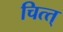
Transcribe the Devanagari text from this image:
चित्त्